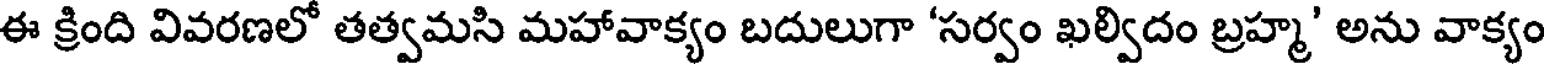
ఈ క్రింది వివరణలో తత్వమసి మహావాక్యం బదులుగా 'సర్వం ఖల్విదం బ్రహ్మ' అను వాక్యం